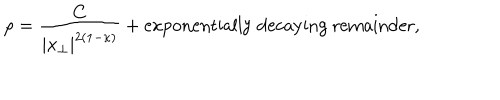
\rho = \frac { C } { | x _ { \perp } | ^ { 2 ( 1 - \kappa ) } } + \mathrm { e x p o n e n t i a l l y ~ d e c a y i n g ~ r e m a i n d e r } ,